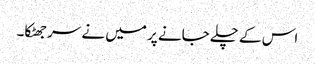
اس کے چلے جانے پر میں نے سر جھٹکا۔